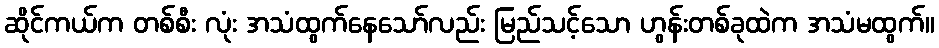
ဆိုင်ကယ်က တစ်စီး လုံး အသံထွက်နေသော်လည်း မြည်သင့်သော ဟွန်းတစ်ခုထဲက အသံမထွက်။